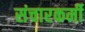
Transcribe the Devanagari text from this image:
संचारकर्मी